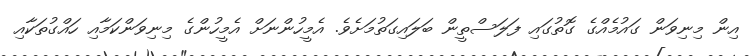
އިން މިނިވަން ގައުމެއްގެ ގޮތުގައި ފަލަސްތީން ބަލައިގަތުމަށެވެ. އެމީހުންނަށް އެމީހުންގެ މިނިވަންކަމާއި ހައްގުތަކާއި